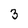
Character: 3